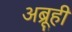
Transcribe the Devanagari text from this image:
अब्रूही